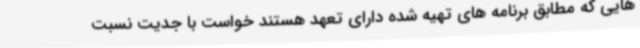
هایی که مطابق برنامه های تهیه شده دارای تعهد هستند خواست با جدیت نسبت